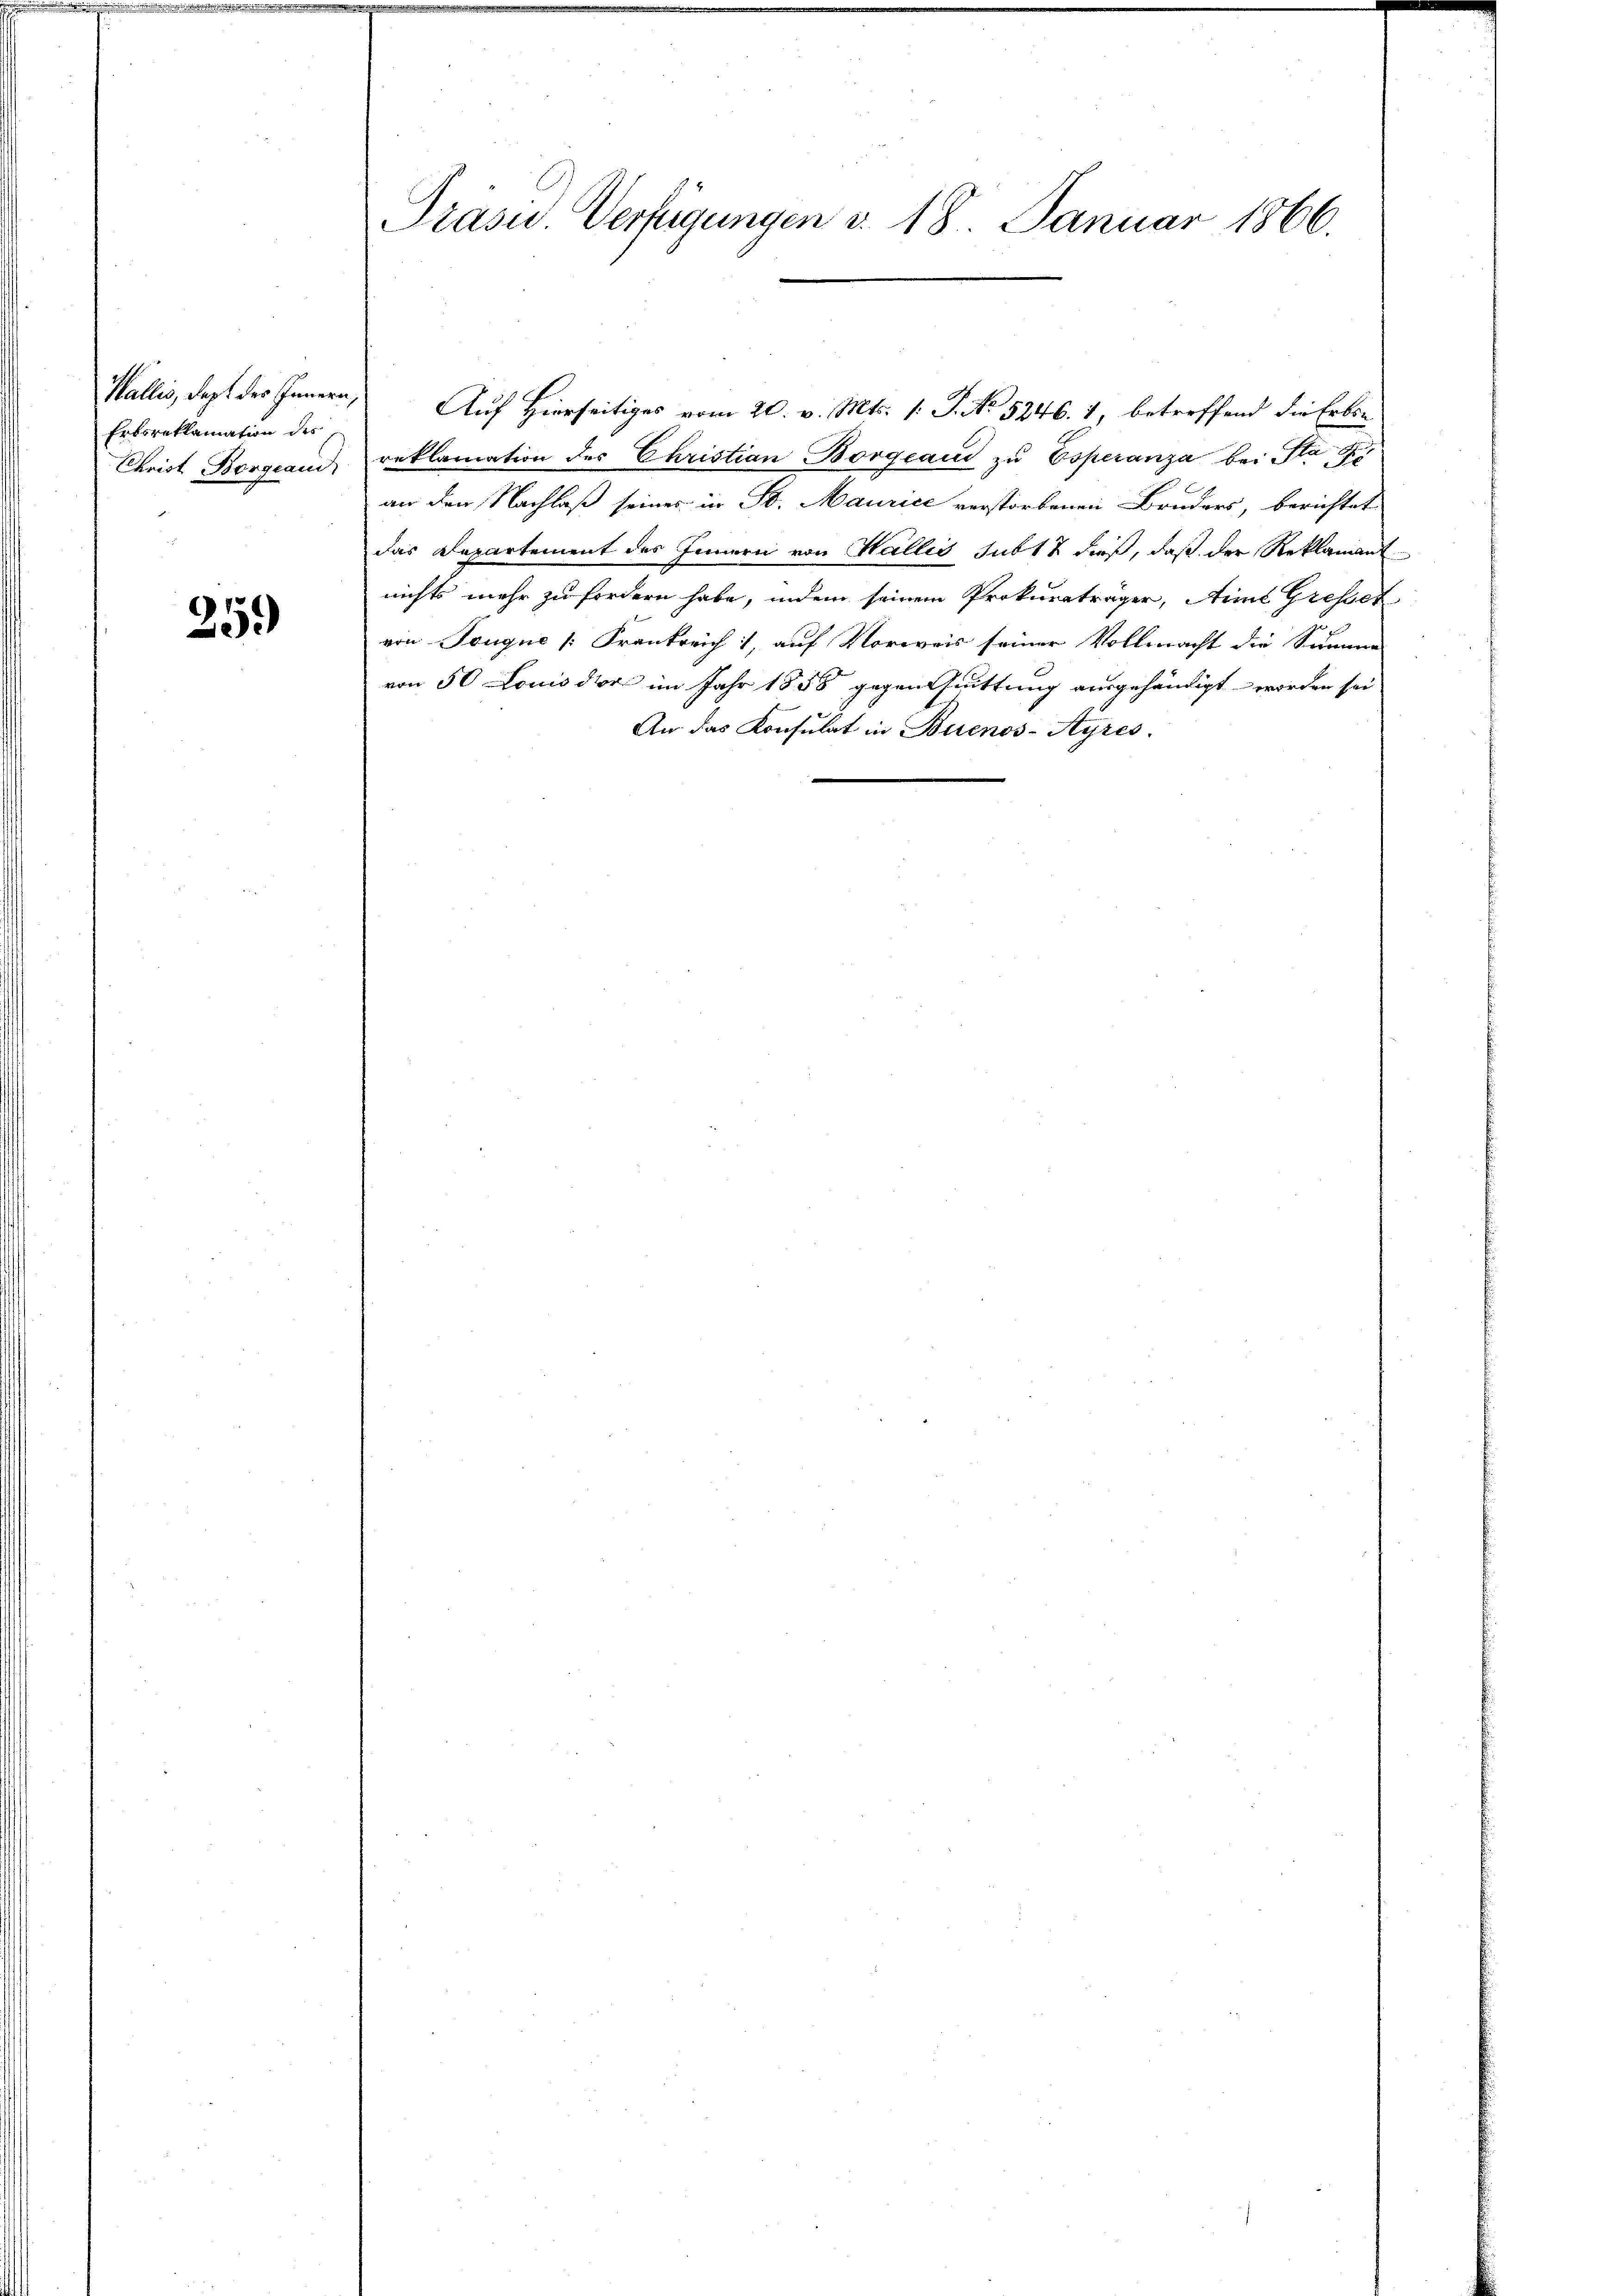
Wallis, dept des Innern,
Erbsreklamation des
Christ Borgeand

25.)

Präsu. Verfügungen v. 18. Januar 1866.

Auf Hierseitiges vom 20. v. Mts. 1. J. No 5246. 1, betreffend die Erbrereklamation des Christian Borgeaud zŭ Esperanza bei Stad
an den Nachlaß seines in St. Maurice verstorbenen Bruders, berichtet
das Departement des Innern von Wallis subt & dieß, daß der Reklamant
nichts mehr zu fordern habe, indem seinem Prokuraträger, eine Gresser
von Tongue [Frankreich 1, auf Vorweis seiner Vollmacht die Summen-
von 50 Louis dir im Jahr 1858 gegentuittung ausgehändigt worden sei
An das Konsulat in Buenos-Ayres.